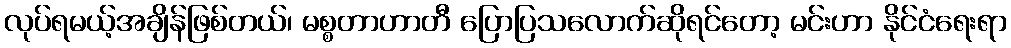
လုပ်ရမယ့်အချိန်ဖြစ်တယ်၊ မစ္စတာဟာတီ ပြောပြသလောက်ဆိုရင်တော့ မင်းဟာ နိုင်ငံရေးရာ